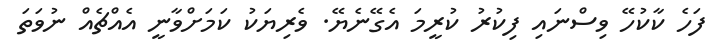
ފަހެ ކާކުހޭ ވިސްނައި ފިކުރު ކުރީމަ އެގޭނެޔޭ. ވެރިޔަކު ކަމަށްވާނީ އެއްޗެއް ނުވަތަ